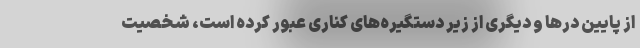
از پایین درها و دیگری از زیر دستگیره‌های کناری عبور کرده است، شخصیت